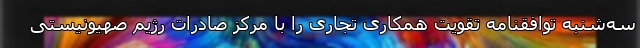
سه‌شنبه توافقنامه‌ تقویت همکاری تجاری را با مرکز صادرات رژیم صهیونیستی